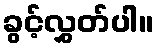
ခွင့်လွှတ်ပါ။